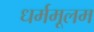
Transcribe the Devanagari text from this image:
धर्ममूलम